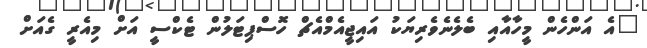
"އެ އަންހެން މީހާއާއި ބެލެނެވެރިޔަކު އައިޖީއެމްއެޗް ހޮސްޕިޓަލުން ޓެކްސީ އަށް މިއެރީ ގެއަށް